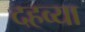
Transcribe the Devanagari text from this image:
दहव्या